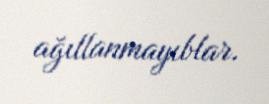
ağıllanmayıblar.